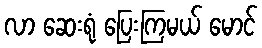
လာ ဆေးရုံ ပြေးကြမယ် မောင်